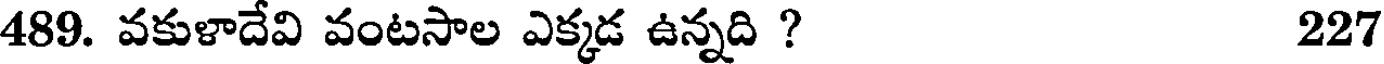
489. వకుళాదేవి వంటసాల ఎక్కడ ఉన్నది ? 227